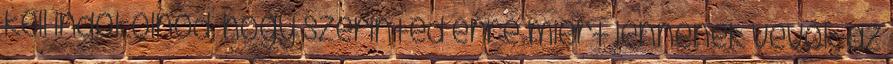
kell indokolnod, hogy szerinted erre miért lennének vevők az